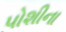
પોશીના